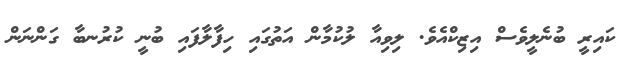
ކައިރީ ބުނެލީވެސް އިޒިކްއެވެ. ލިވިއާ ލުކުމާން އަތުގައި ހިފާލާފައި ބުނީ ކުރުނބާ ގަންނަން